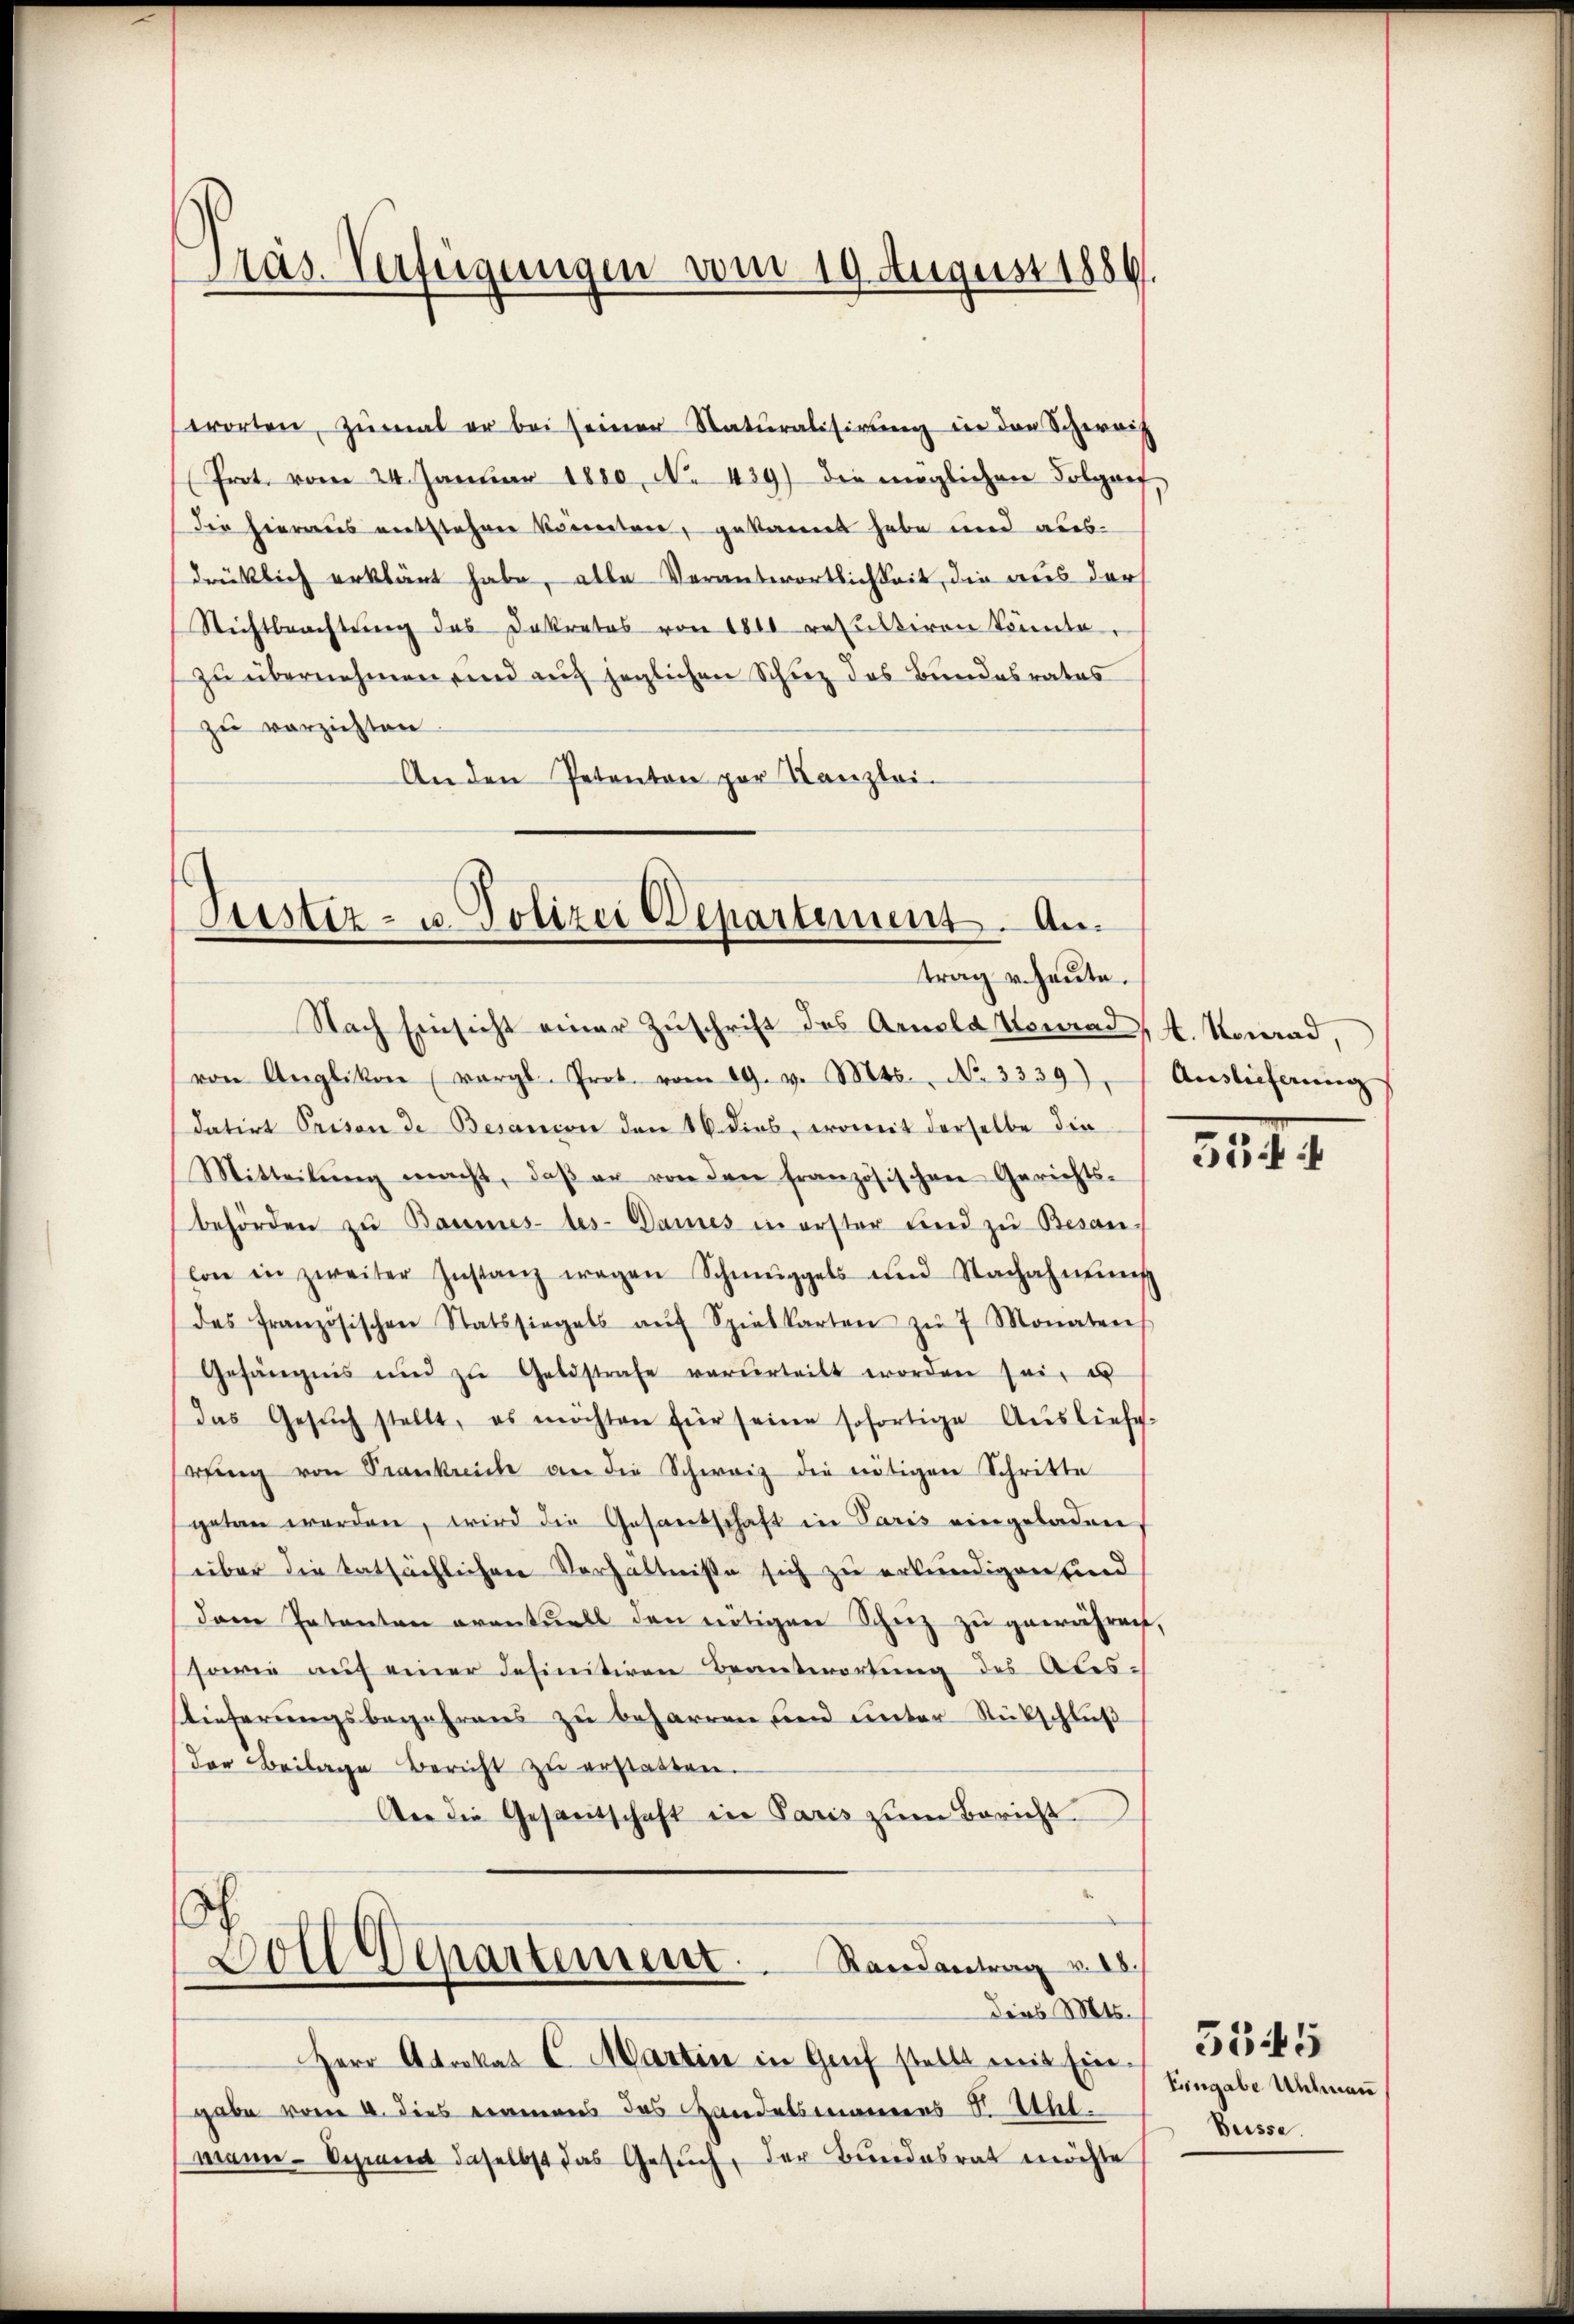
erorten, zŭmal er bei seiner Naturalisirŭng in den Schereit
(Prot. vom 24. Janŭar 1880 N. 439) die möglichen Folgof,
die hieraus entstehen könnten, gekannt habe und aus-
drüklich erklärt habe, alle Verantwortlichkeit, die aus der
Stichtbeachtung des Dekretes von 1800 resultiren könnte.
zu übernehmen und auf jeglichen Schuz des Bundesrates
zu verzichten.
Anden Petenton par Kanzlei-

Pras Verfügungen am 19. August 1886.

Justiz- u. Polizei Departement. Antrag u. heute.

Nach Einsicht einer Zuschrift des Arnola Vonrad, A. Konrad,
von Anglikon (vergl. Prot. vom 19. v. Mts. No. 3339), Auslieferŭng
datirt Prison de Besanion den 16. dies, womit derselbe die
Mitteilŭng macht, daβ er von den französischen Gerichts-
behörden zŭ Baumes des-Dames in erster und zu Besan-
lon in zweiter Instanz wegen Schmuggels und Nachahmung
des französischen Statssiegels aŭf Spielkarten zŭ 7 Monaten
Gefängnis und zŭ Geldstrafe verurteilt worden sei, u
das Gesŭch stellt, es möchten für seine sofortige Aŭsliefe-
wing von Prankreiche an die Schweiz die nötigen Schritte
getan werden, wird die Gesantschaft in Paris eingeladen
über die tatsächlichen Verhältniße sich zu erkundigen sind
dem Patenten eventuell den nötigen Schez zu gewähren,
sowie auf einer definitiren Beantwortung des Ates¬
Tieferungsbegehrens zu beharren und unter Rückschluß
der Beilage Bericht zŭ erstatten.
Aer die Gesanitschaft in Paris zŭm Bericht

voll Departement. . Randantrag v. 18.
Dies Mts.

Herr Advokat E. Martin in Genf stellt mit Ein-
gabe vom 2. dies namens das Handelsmannes S. Ithl.
mann. Dement daselbst das Gesuch, der Bundesrat möchte

3144

5345
Eingabe Uhlmann
Buisse.